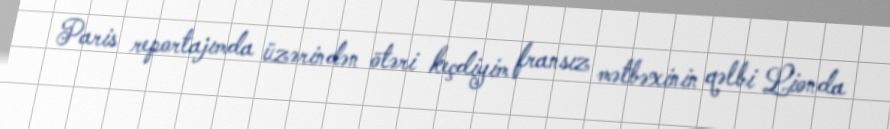
Paris reportajımda üzərindən ötəri keçdiyim fransız mətbəxinin qəlbi Lionda